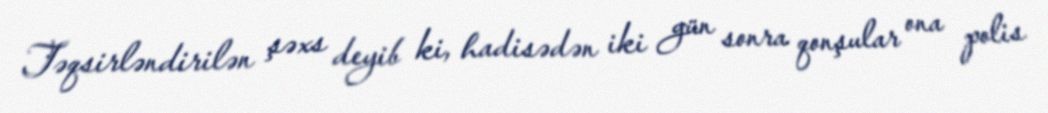
Təqsirləndirilən şəxs deyib ki, hadisədən iki gün sonra qonşular ona polis